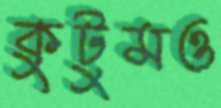
কুটুমও